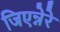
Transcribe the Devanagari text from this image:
जिएन्नेरे